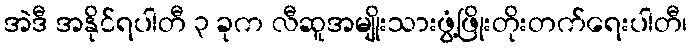
အဲဒီ အနိုင်ရပါတီ ၃ ခုက လီဆူအမျိုးသားဖွံ့ဖြိုးတိုးတက်ရေးပါတီ၊